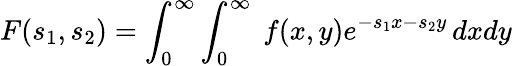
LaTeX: F(s_{1},s_{2})=\int_{0}^{\infty}\int_{0}^{\infty}\ f(x,y)e^{-s_{1}x-s_{2}y}\, dxdy